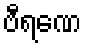
ဗီရဏေ